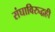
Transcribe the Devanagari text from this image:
संघाविरुद्धही